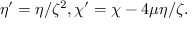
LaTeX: \eta ^ { \prime } = \eta / \zeta ^ { 2 } , \chi ^ { \prime } = \chi - 4 \mu \eta / \zeta .